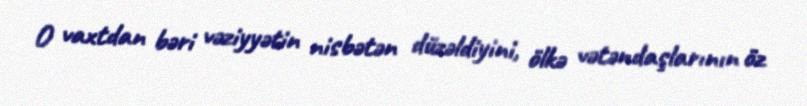
O vaxtdan bəri vəziyyətin nisbətən düzəldiyini, ölkə vətəndaşlarının öz